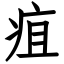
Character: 疽